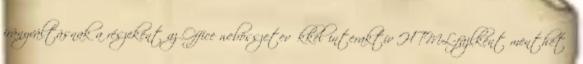
irányváltásnak a részeként az Office webösszetevőkkel interaktív HTML-fájlként menthető